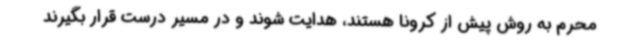
محرم به روش پیش از کرونا هستند، هدایت شوند و در مسیر درست قرار بگیرند